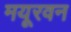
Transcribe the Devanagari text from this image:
मयूरवन